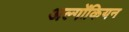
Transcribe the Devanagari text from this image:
अल्गोंकियन